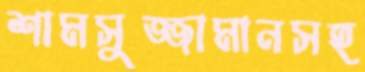
শামসুজ্জামানসহ